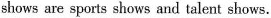
shows are sports shows and talent shows.